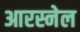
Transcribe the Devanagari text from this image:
आरस्नेल